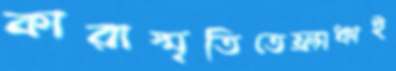
কারাস্মৃতিতেফ্র্যাঞ্চাই